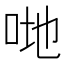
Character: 哋